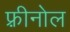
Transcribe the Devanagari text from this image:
फ़्रीनोल